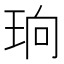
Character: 珦